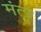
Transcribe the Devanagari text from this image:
मंत्ऱ्